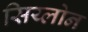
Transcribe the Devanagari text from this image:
सिय्लोन